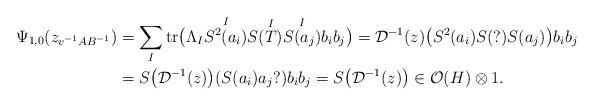
LaTeX: \begin{align*}\Psi_{1,0} (z_{v^{-1}AB^{-1}} ) &= \sum_I \mathrm{tr}\big( \Lambda_I \overset{I}{S^2(a_i)} S(\overset{I}{T}) \overset{I}{S(a_j)} b_i b_j \big) = \mathcal{D}^{-1}(z)\big( S^2(a_i) S(?) S(a_j) \big)b_ib_j\\&= S\big(\mathcal{D}^{-1}(z)\big) (S(a_i) a_j ? )b_ib_j = S\big(\mathcal{D}^{-1}(z)\big) \in \mathcal{O}(H) \otimes 1.\end{align*}